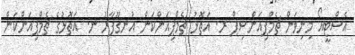
އެސްޓީއޯ މިނިވަން ޗެމްޕިއަންޝިޕް ރ. އަތޮޅު ޗެމްޕިއަންކަން އުނގޫފާރު ނ. އަތޮޅުގެ ޗެމްޕިއަންކަން